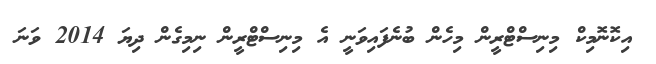
އިކޮނޮމިކް މިނިސްޓްރީން މިހެން ބުނެފައިވަނީ އެ މިނިސްޓްރީން ނިމިގެން ދިޔަ 2014 ވަނަ